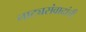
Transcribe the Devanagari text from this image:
नाट्यसंवादांची